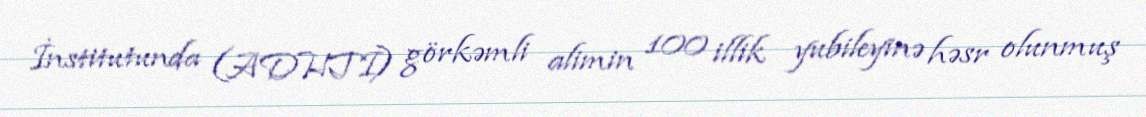
İnstitutunda (ADHTİ) görkəmli alimin 100 illik yubileyinə həsr olunmuş